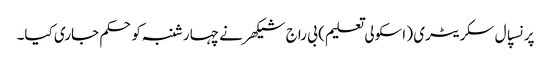
پرنسپال سکریٹری ( اسکولی تعلیم ) بی راج شیکھر نے چہارشنبہ کوحکم جاری کیا۔